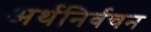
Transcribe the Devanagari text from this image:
अर्थनिर्वचन